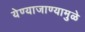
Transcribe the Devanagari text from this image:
येण्याजाण्यामुळे